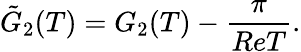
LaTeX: {\tilde{G}_{2}(T)}=G_{2}(T)-\frac{\pi}{ReT}.